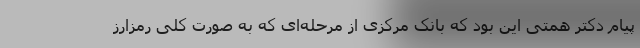
پیام دکتر همتی این بود که بانک مرکزی از مرحله‌ای که به صورت کلی رمزارز